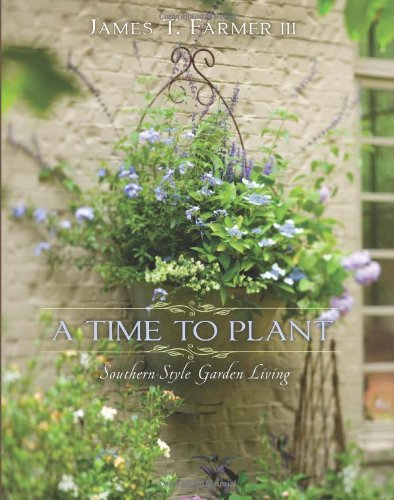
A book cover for A Time to Plant: Southern-Style Garden Living; James Farmer; Crafts, Hobbies & Home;